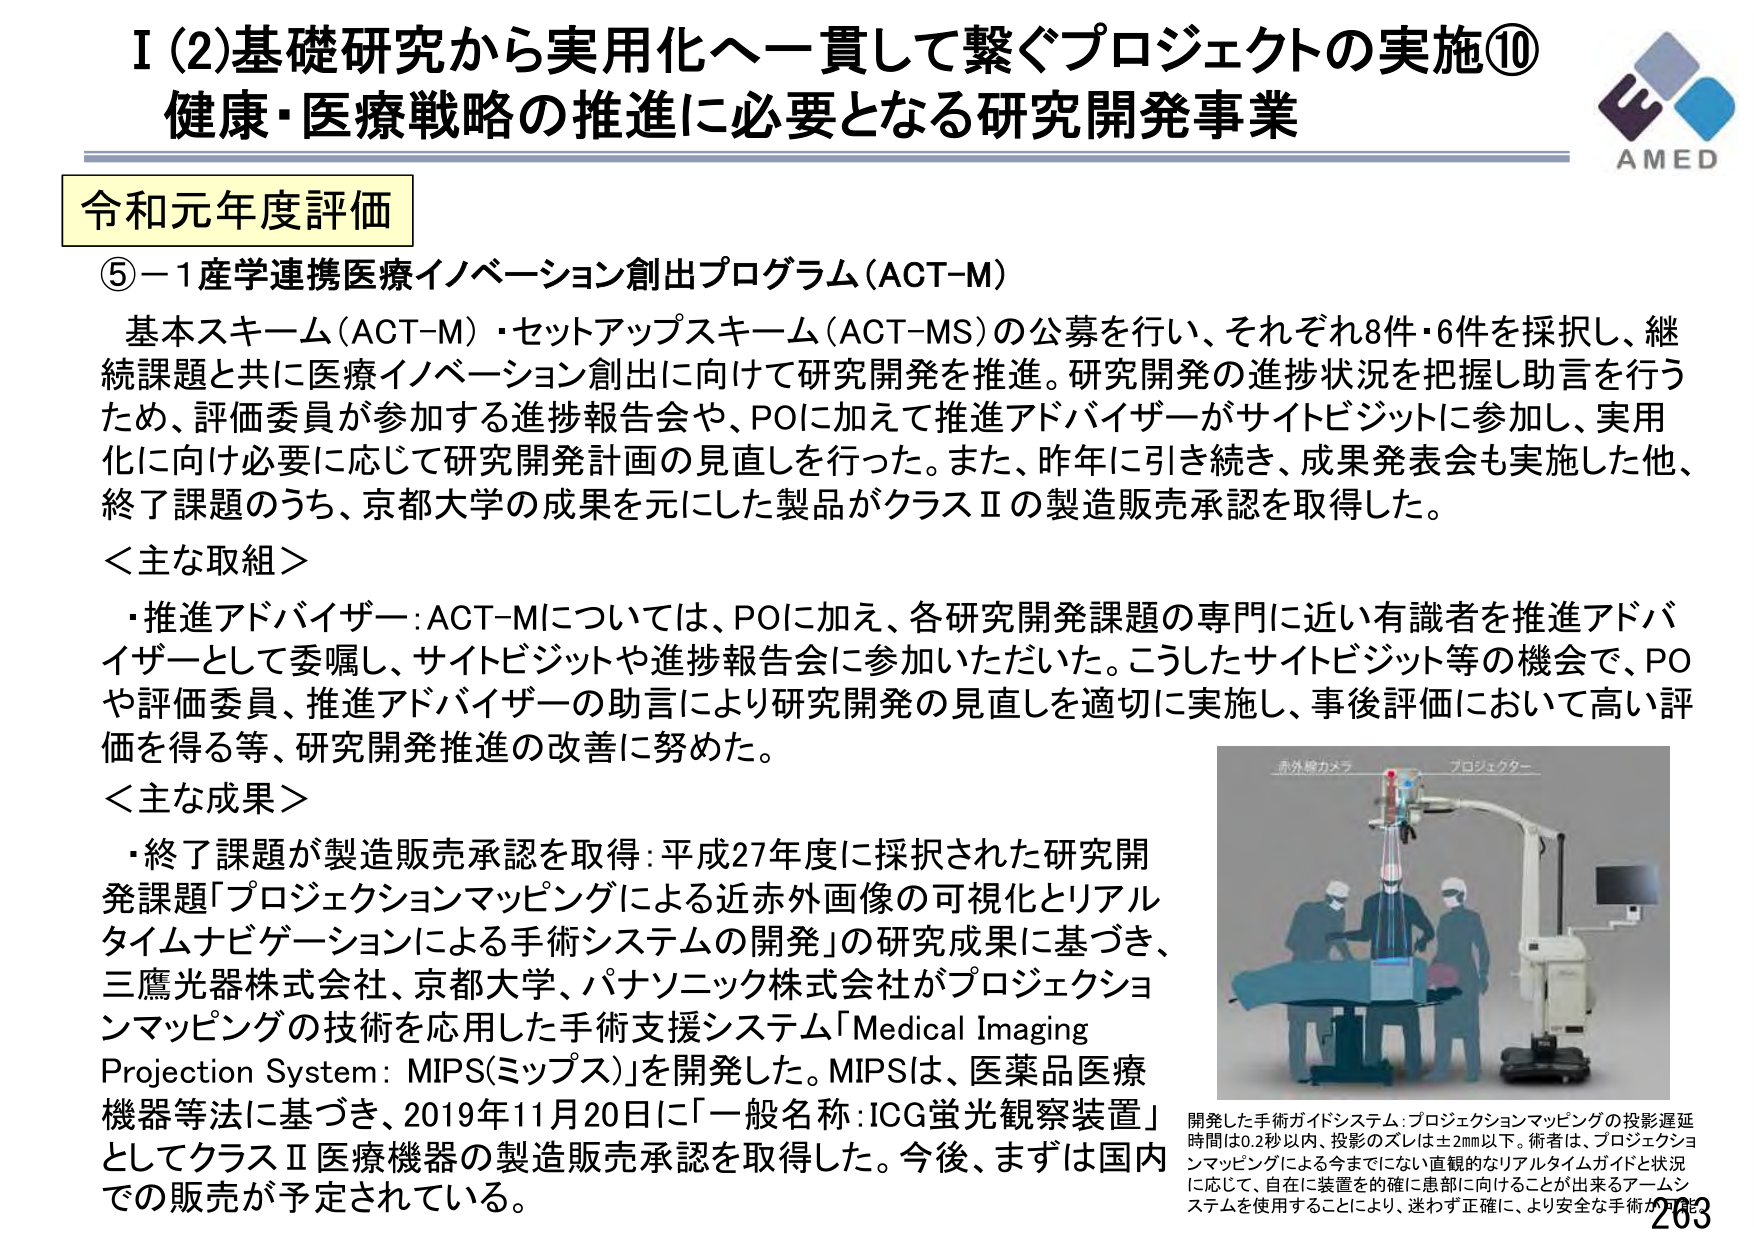
I (2) 基礎研究から実用化へ一貫して繋ぐプロジェクトの実施⑩
健康・医療戦略の推進に必要となる研究開発事業

AMED

令和元年度評価

⑤－1 産学連携医療イノベーション創出プログラム（ACT-M）

基本スキーム（ACT-M）・セットアップスキーム（ACT-MS）の公募を行い、それぞれ8件・6件を採択し、継続課題と共に医療イノベーション創出に向けて研究開発を推進。研究開発の進捗状況を把握し助言を行うため、評価委員が参加する進捗報告会や、POに加えて推進アドバイザーがサイトビジットに参加し、実用化に向け必要に応じて研究開発計画の見直しを行った。また、昨年に引き続き、成果発表会も実施した他、終了課題のうち、京都大学の成果を元にした製品がクラスⅡの製造販売承認を取得した。

＜主な取組＞
・推進アドバイザー：ACT-Mについては、POに加え、各研究開発課題の専門に近い有識者を推進アドバイザーとして委嘱し、サイトビジットや進捗報告会に参加いただいた。こうしたサイトビジット等の機会で、POや評価委員、推進アドバイザーの助言により研究開発の見直しを適切に実施し、事後評価において高い評価を得る等、研究開発推進の改善に努めた。

＜主な成果＞
・終了課題が製造販売承認を取得：平成27年度に採択された研究開発課題「プロジェクションマッピングによる近赤外画像の可視化とリアルタイムナビゲーションによる手術システムの開発」の研究成果に基づき、三鷹光器株式会社、京都大学、パナソニック株式会社がプロジェクションマッピングの技術を応用した手術支援システム「Medical Imaging Projection System: MIPS（ミップス）」を開発した。MIPSは、医薬品医療機器等法に基づき、2019年11月20日に「一般名称：ICG蛍光観察装置」としてクラスⅡ医療機器の製造販売承認を取得した。今後、まずは国内での販売が予定されている。

赤外線カメラ
プロジェクター

開発した手術ガイドシステム：プロジェクションマッピングの投影遅延時間は0.2秒以内、投影のズレは±2mm以下。術者は、プロジェクションマッピングによる今までにない直観的なリアルタイムガイドと状況に応じて、自在に装置を確に患部に向けることが出来るアームシステムを使用することにより、迷わず正確に、より安全な手術が可能。

263